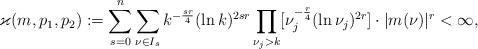
LaTeX: \begin{align*} \varkappa(m,p_1,p_2):=\sum_{s=0}^{n}\sum_{\nu\in {I}_s}k^{-\frac{sr}{4}}(\ln k)^{2sr}\prod_{\nu_j>k}[\nu_j^{-\frac{r}{4}}(\ln \nu_j)^{2r}]\cdot |m(\nu)|^r<\infty,\end{align*}